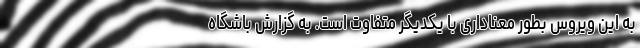
به این ویروس بطور معناداری با یکدیگر متفاوت است. به گزارش باشگاه